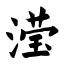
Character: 滢